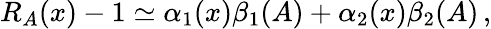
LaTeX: R_{A}(x)-1\simeq\alpha_{1}(x)\beta_{1}(A)+\alpha_{2}(x)\beta_{2}(A)\, ,